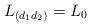
LaTeX: \begin{align*}L_{(d_1d_2)}=L_0\end{align*}